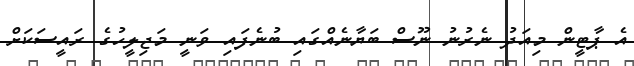
އެ ޕާޓީން މިއަދު ނެރުނު ނޫސް ބަޔާނެއްގައި ބުނެފައި ވަނީ މަޖިލީހުގެ ރައީސަކަށް